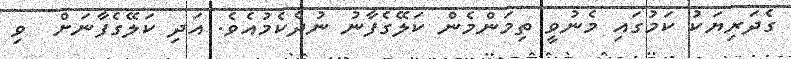
ގެދަރިޔަކު ކަމުގައި މެނުވީ ތިމަންމެން ކަލޭގެފާނު ނުދެކެމުއެވެ. އަދި ކަލޭގެފާނަށް  ވި